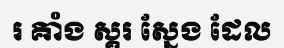
រ គាំង ស្គរ ស្នែង ដែល